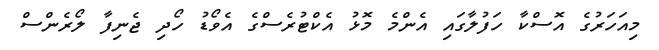
މިއަހަރުގެ އޮސްކާ ހަފުލާގައި އެންމެ މޮޅު އެކްޓުރެސްގެ އެވޯޑު ހޯދި ޖެނިފާ ލޯރެންސް